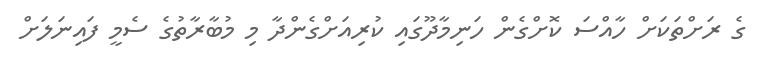
ގެ ރަށްތަކަށް ހާއްސަ ކޮށްގެން ހަނިމާދޫގައި ކުރިއަށްގެންދާ މި މުބާރާތުގެ ސެމީ ފައިނަލަށް